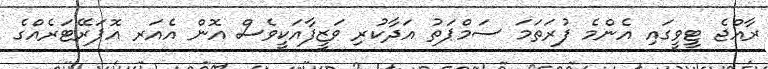
ރާއްޖެ ޓީވީގައި އެންމެ ފުރަތަމަ ސަމްޕަތު އަދާކުރި ވަޒީފާއަކީވެސް އޮން އެއަރ އޮޕަރޭޓަރެއްގެ